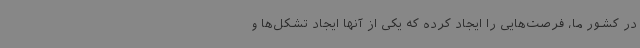
در کشور ما، فرصت‌هایی را ایجاد کرده که یکی از آنها ایجاد تشکل‌ها و